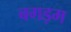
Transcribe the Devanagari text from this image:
बगड़म